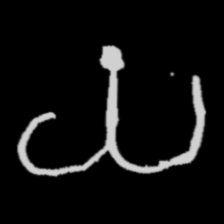
Pyu character \u2014 Myanmar letter: ယ (romanized: ya)